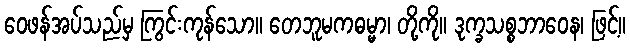
ဝေဖန်အပ်သည်မှ ကြွင်းကုန်သော။ တေဘူမကဓမ္မာ၊ တို့ကို။ ဒုက္ခသစ္စဘာဝေန၊ ဖြင့်။